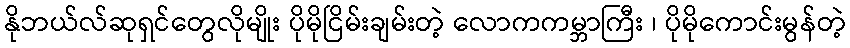
နိုဘယ်လ်ဆုရှင်တွေလိုမျိုး ပိုမိုငြိမ်းချမ်းတဲ့ လောကကမ္ဘာကြီး ၊ ပိုမိုကောင်းမွန်တဲ့